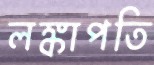
লঙ্কাপতি